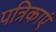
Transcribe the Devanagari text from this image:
पत्रिकाएं